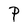
Character: P